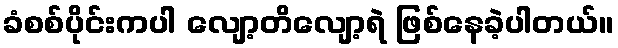
ခံစစ်ပိုင်းကပါ လျော့တိလျော့ရဲ ဖြစ်နေခဲ့ပါတယ်။